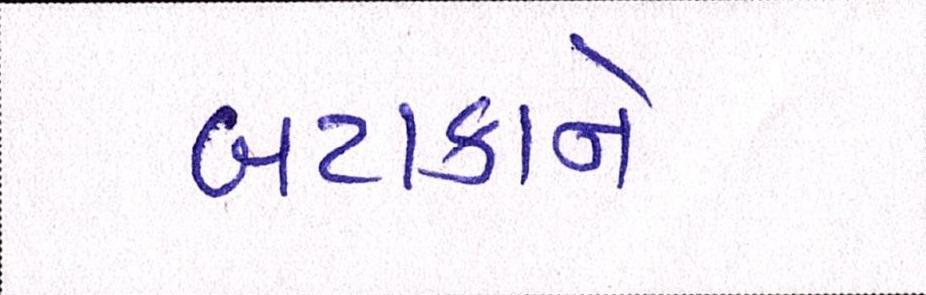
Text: બટાકાને